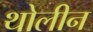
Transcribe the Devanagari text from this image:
थोलीन